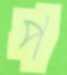
প